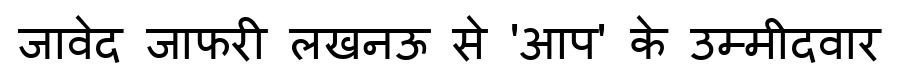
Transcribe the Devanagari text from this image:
जावेद जाफरी लखनऊ से 'आप' के उम्मीदवार